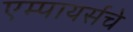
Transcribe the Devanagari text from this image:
एम्पायर्सचे